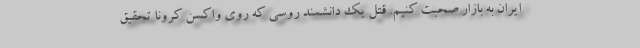
ایران به بازار صحبت کنیم. قتل یک دانشمند روسی که روی واکسن کرونا تحقیق